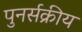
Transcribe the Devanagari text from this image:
पुनर्सक्रीय